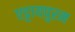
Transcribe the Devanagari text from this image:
एट्टायपुरम